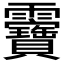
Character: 𩇉